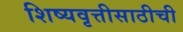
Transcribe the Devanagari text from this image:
शिष्यवृत्तीसाठीची